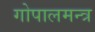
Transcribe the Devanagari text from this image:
गोपालमन्त्र